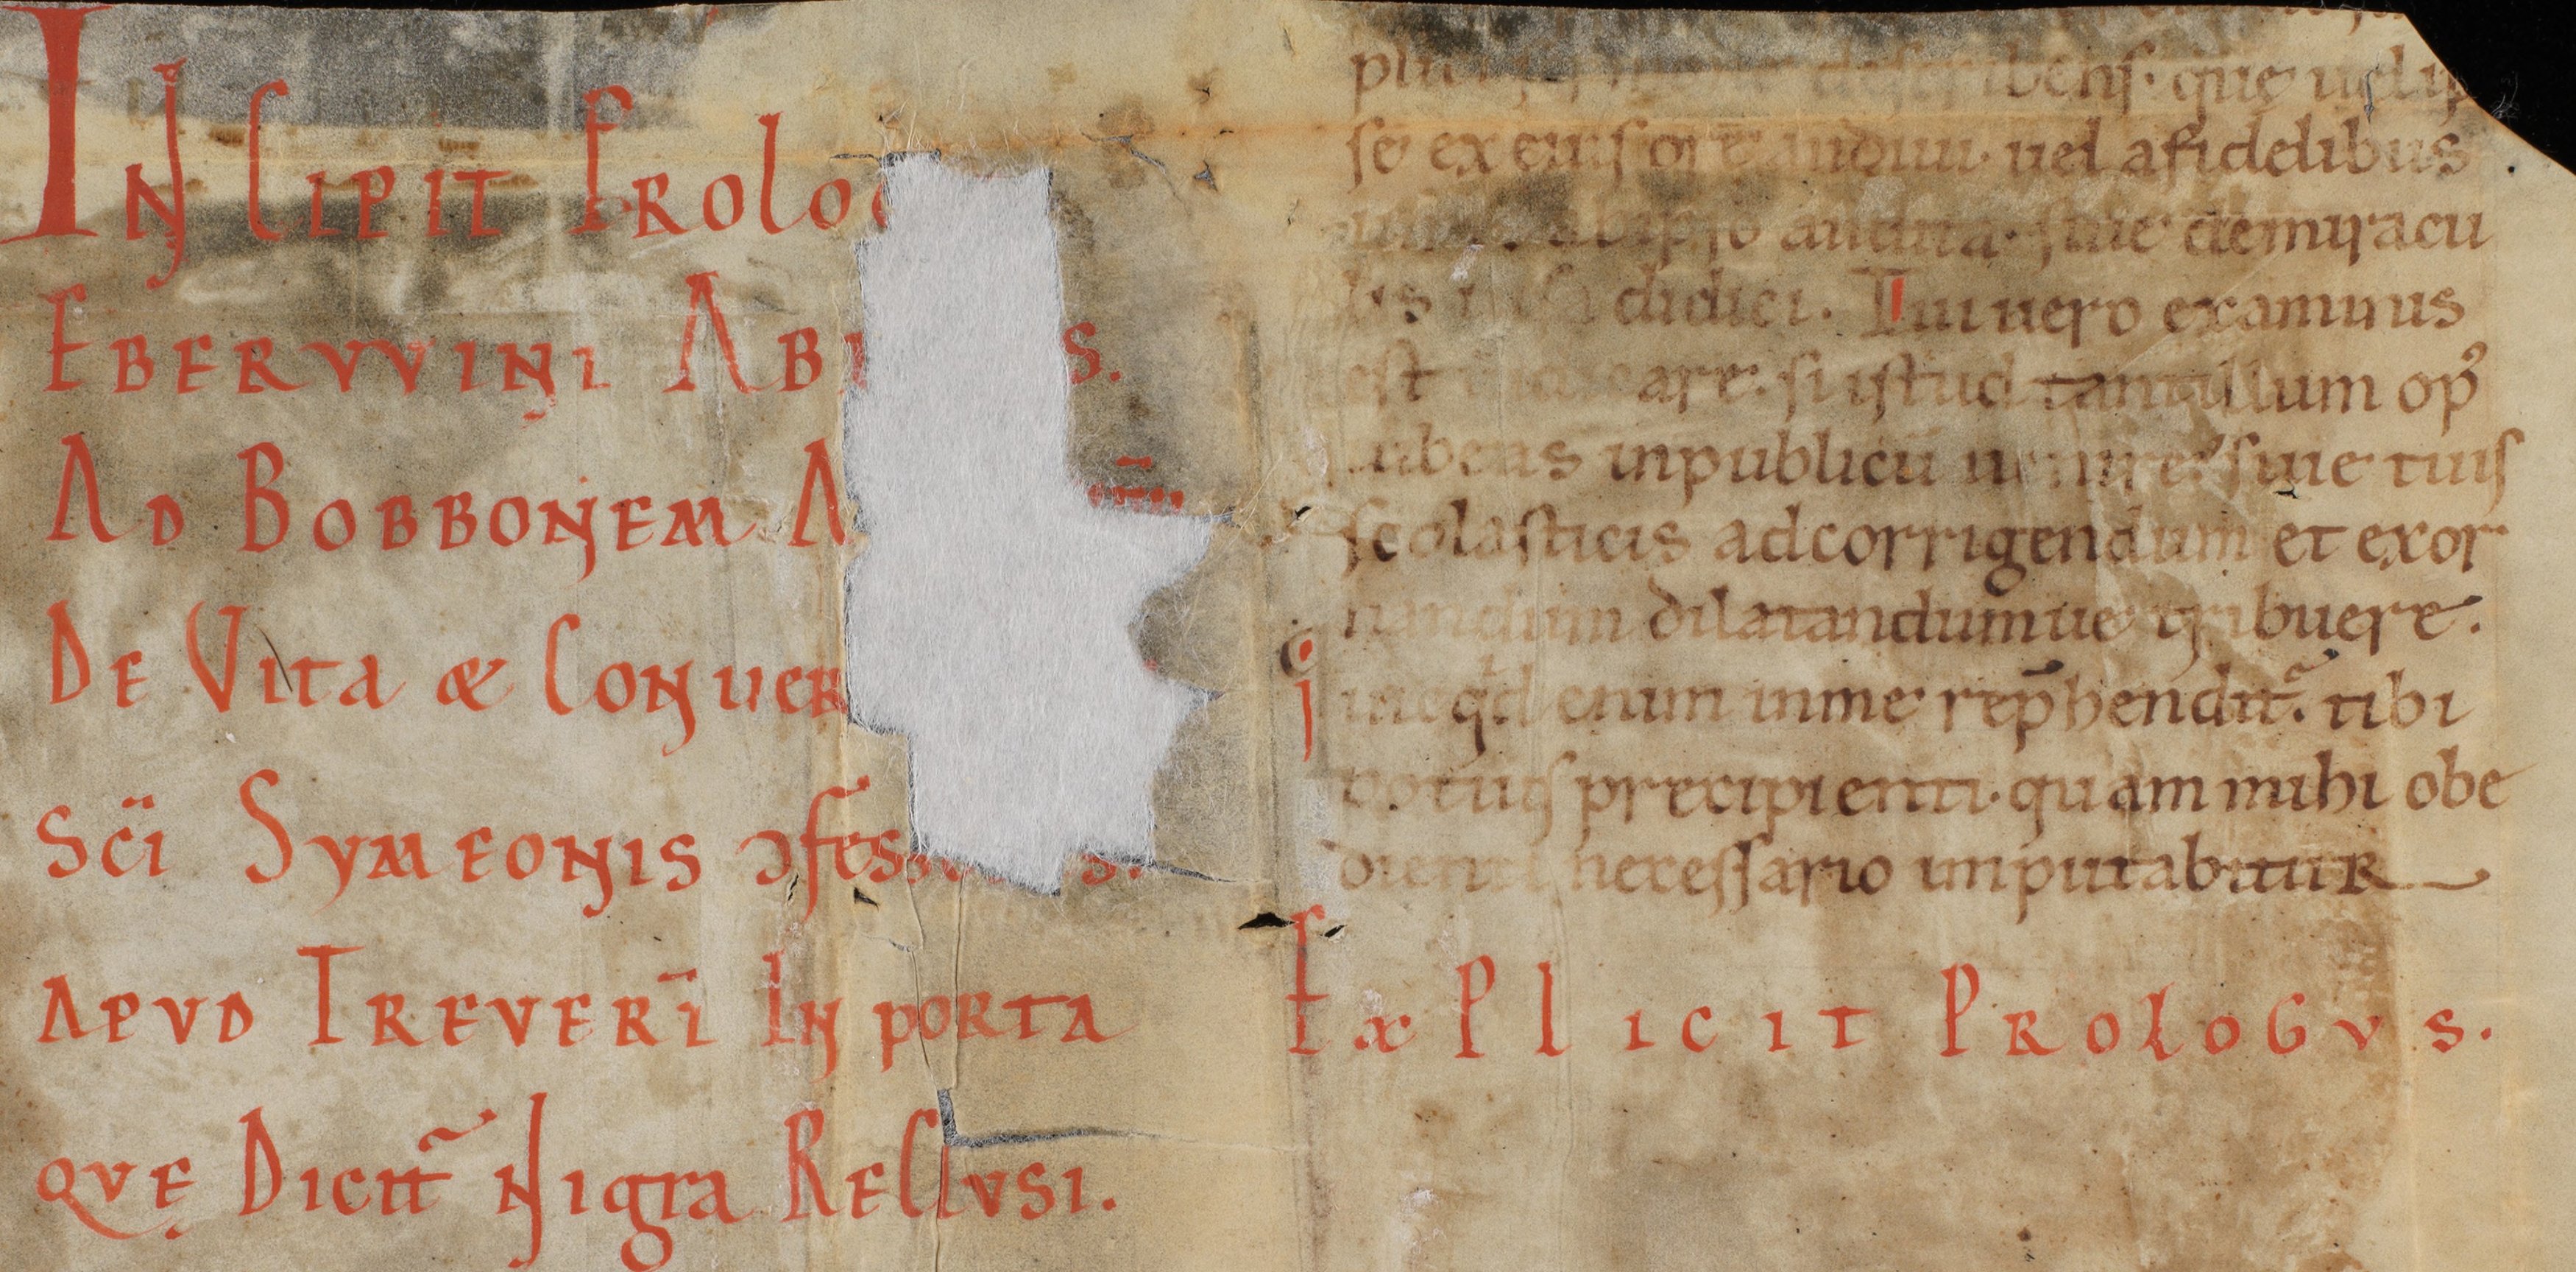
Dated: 1140–1170